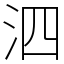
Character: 泗